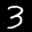
Label: 3